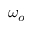
\omega _ { o }